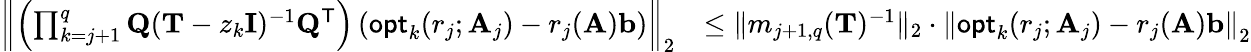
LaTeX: \begin{array}{rl}{\left\| \left(\prod_{k=j+1}^{q}\mathbf{Q}(\mathbf{T}-z_{k}\mathbf{I})^{-1}\mathbf{Q}^{\mathsf{T}}\right)\left(\mathsf{opt}_{k}(r_{j};\mathbf{A}_{j})-r_{j}(\mathbf{A})\mathbf{b}\right)\right\| _{2}}&{\leq\| m_{j+1,q}(\mathbf{T})^{-1}\| _{2}\cdot\left\| \mathsf{opt}_{k}(r_{j};\mathbf{A}_{j})-r_{j}(\mathbf{A})\mathbf{b}\right\| _{2}}\end{array}